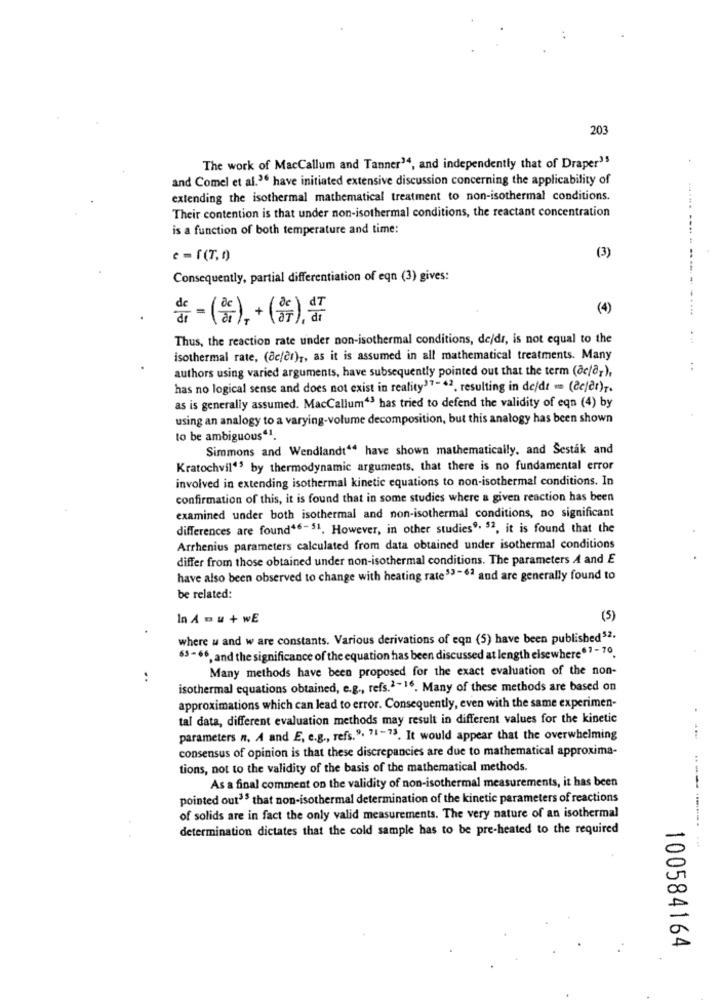
203
The work of MacCallum and Tanner14, and independently that of Draper35
and Comel et al.36 have initiated extensive discussion concerning the applicability of
.44
extending the isothermal mathematical treatment to non-isothermal conditions.
Their contention is that under non-isothermal conditions, the reactant concentration
is a function of both temperature and time:
---
c = f(7,9)
(3)
Consequently, partial differentiation of eqn (3) gives:
(4)
d = (株) + (ニ), 앞
Thus, the reaction rate under non-isothermal conditions, de/dr, is not equal to the
isothermal rate, (ac/cr) ,, as it is assumed in all mathematical treatments. Many
authors using varied arguments, have subsequently pointed out that the term (@c/dr),
..
has no logical sense and does not exist in reality' ?-* 2, resulting in de/dt = (cc/dt).
as is generally assumed. MacCallum43 has tried to defend the validity of eqn (4) by
using an analogy to a varying-volume decomposition, but this analogy has been shown
to be ambiguous"1.
Simmons and Wendlandt' have shown mathematically, and Sestak and
Kratochvil13 by thermodynamic arguments. that there is no fundamental error
involved in extending isothermal kinetic equations to non-isothermal conditions. In
confirmation of this, it is found that in some studies where a given reaction has been
examined under both isothermal and non-isothermal conditions, no significant
differences are found46-51. However, in other studies9. $2, it is found that the
Arrhenius parameters calculated from data obtained under isothermal conditions
differ from those obtained under non-isothermal conditions. The parameters A and E
have also been observed to change with heating rate53-62 and are generally found to
be related:
In A = u + wE
(5)
where u and w are constants. Various derivations of eqn (5) have been published52.
63-66, and the significance of the equation has been discussed at length elsewhere67 -70
Many methods have been proposed for the exact evaluation of the non-
:
isothermal equations obtained, e.g ., refs.2-16. Many of these methods are based on
approximations which can lead to error. Consequently, even with the same experimen-
tal data, different evaluation methods may result in different values for the kinetic
parameters n. A and E, e.g ., refs.9. 71-73. It would appear that the overwhelming
consensus of opinion is that these discrepancies are due to mathematical approxima-
tions, not to the validity of the basis of the mathematical methods.
As a final comment on the validity of non-isothermal measurements, it has been
pointed out3$ that non-isothermal determination of the kinetic parameters of reactions
of solids are in fact the only valid measurements. The very nature of an isothermal
determination dictates that the cold sample has to be pre-heated to the required
100584164